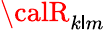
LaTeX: {\calR}_{k\mathsf{l}m}